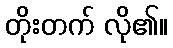
တိုးတက် လို၏။